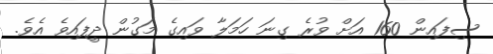
ސިފައިން 160 އަށް ވުރެ ގިނަ ހަމަލާ ވައިގެ މަގުން ދީފައިވެ އެވެ.